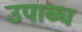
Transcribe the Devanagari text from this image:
उपाब्ध